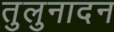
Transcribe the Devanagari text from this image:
तुलुनादन